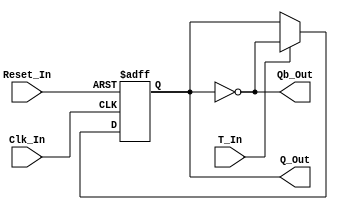
/*
Verilog Code to implement a T Flip Flop.



Author : Prasad Narayan Ghatol
*/



module T_Flip_Flop (
    input      Clk_In,
    input      Reset_In,

    input      T_In,
    output reg Q_Out,
    output     Qb_Out
);



// --------------------------------------------------
// Assignments
// --------------------------------------------------
assign Qb_Out = ~Q_Out;



// --------------------------------------------------
// T Flip Flop
// --------------------------------------------------
always @ (negedge Clk_In or posedge Reset_In)
    begin
        if (Reset_In)
            begin
                Q_Out <= 1'b0;
            end
        else
            begin
                if (T_In)
                    begin
                        Q_Out <= ~Q_Out;
                    end
                else
                    begin
                        Q_Out <= Q_Out;
                    end
            end
    end



endmodule